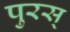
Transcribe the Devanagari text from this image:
पुरस्